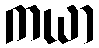
ကယာ